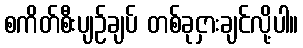
စကိတ်စီးပျဉ်ချပ် တစ်ခုငှားချင်လို့ပါ။